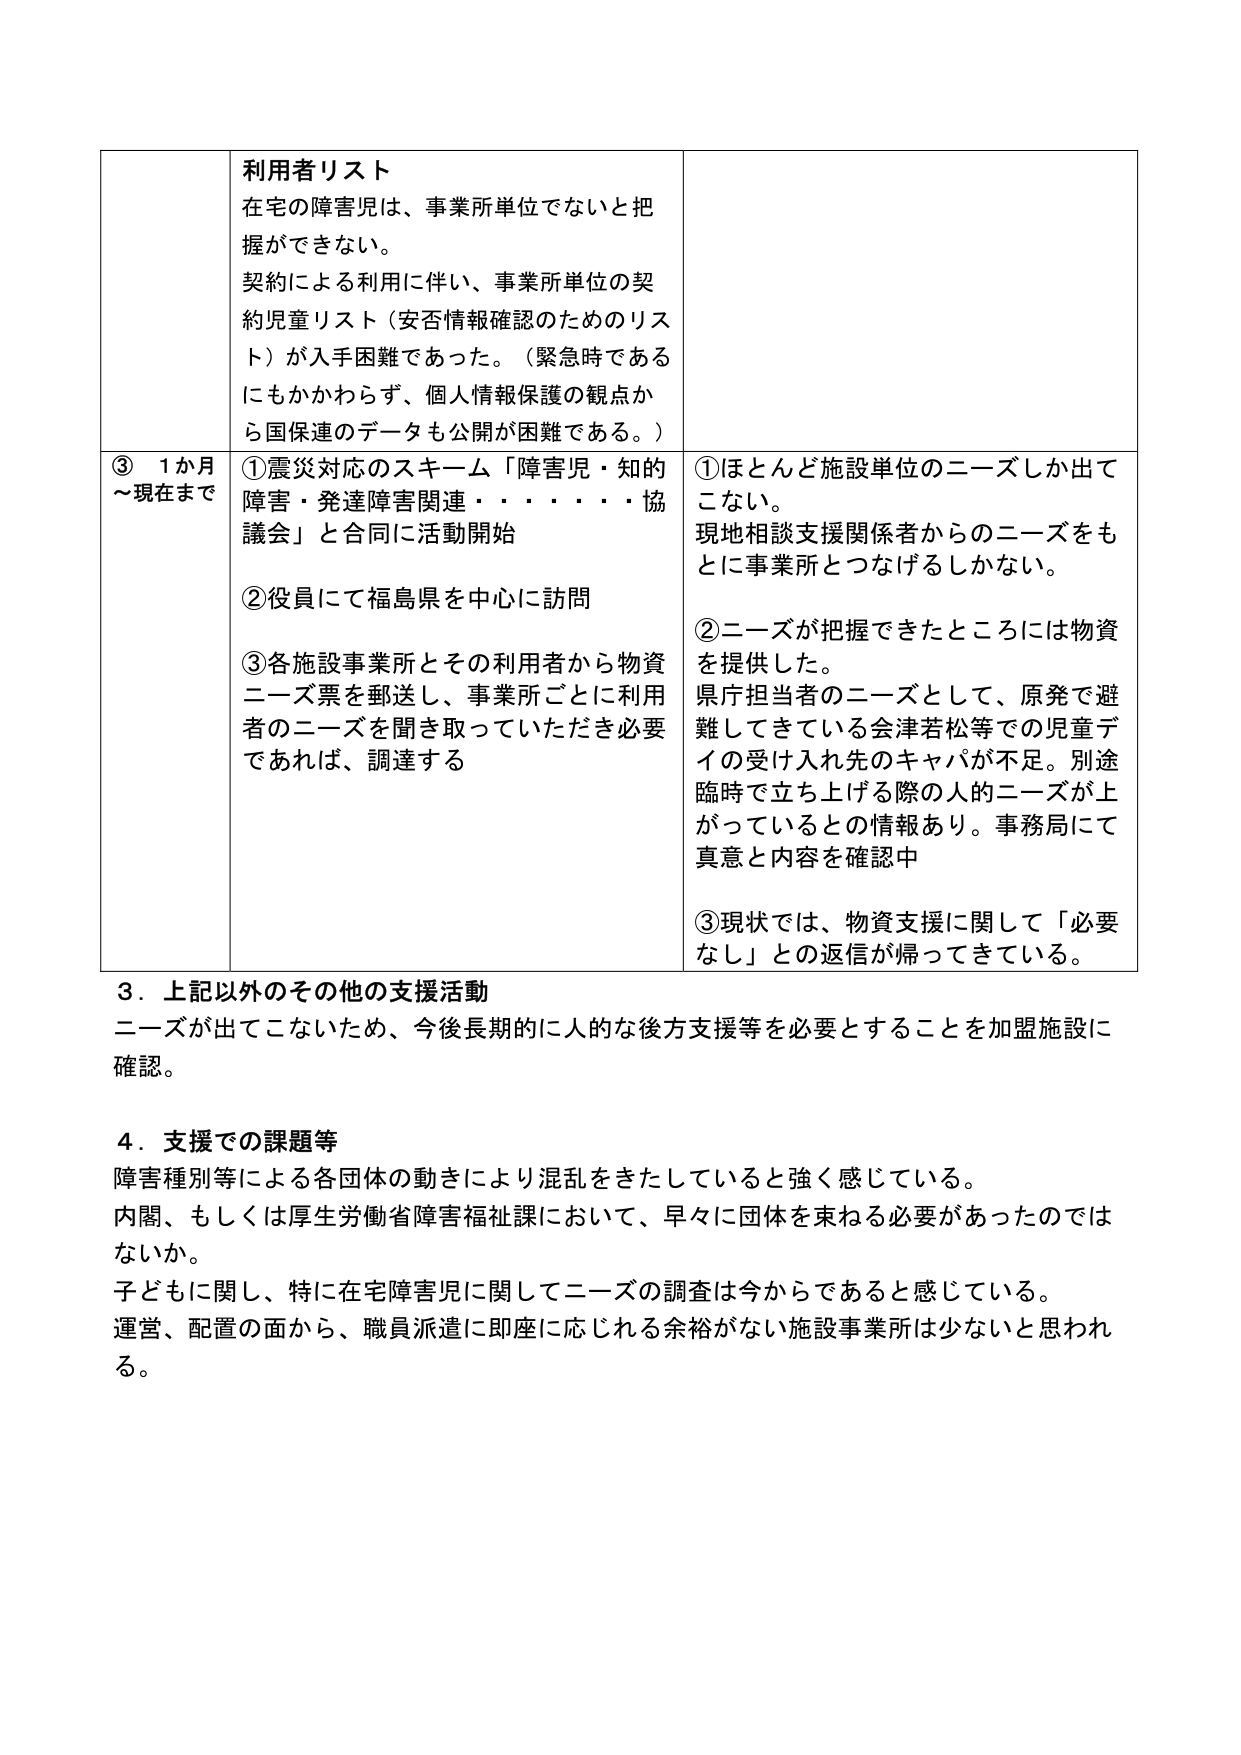
利用者リスト
在宅の障害児は、事業所単位でないと把握ができない。
契約による利用に伴い、事業所単位の契約児童リスト（安否情報確認のためのリスト）が入手困難であった。（緊急時であるにもかかわらず、個人情報保護の観点から国保連のデータも公開が困難である。）

③ 1か月～現在まで
①震災対応のスキーム「障害児・知的障害・発達障害関連・・・・・・協議会」と合同に活動開始
②役員にて福島県を中心に訪問
③各施設事業所とその利用者から物資ニーズ票を郵送し、事業所ごとに利用者のニーズを聞き取っていただき必要であれば、調達する

①ほとんど施設単位のニーズしか出てこない。
現地相談支援関係者からのニーズをもとに事業所とつなげるしかない。
②ニーズが把握できたところには物資を提供した。
県庁担当者のニーズとして、原発で避難してきている会津若松等での児童デイの受け入れ先のキャパが不足。別途臨時で立ち上げる際の人的ニーズが上がっているとの情報あり。事務局にて真意と内容を確認中
③現状では、物資支援に関して「必要なし」との返信が帰ってきている。

３．上記以外のその他の支援活動
ニーズが出てこないため、今後長期的に人的な後方支援等を必要とすることを加盟施設に確認。

４．支援での課題等
障害種別等による各団体の動きにより混乱をきたしていると強く感じている。
内閣、もしくは厚生労働省障害福祉課において、早々に団体を束ねる必要があったのではないか。
子どもに関し、特に在宅障害児に関してニーズの調査は今からであると感じている。
運営、配置の面から、職員派遣に即座に応じれる余裕がない施設事業所は少ないと思われる。